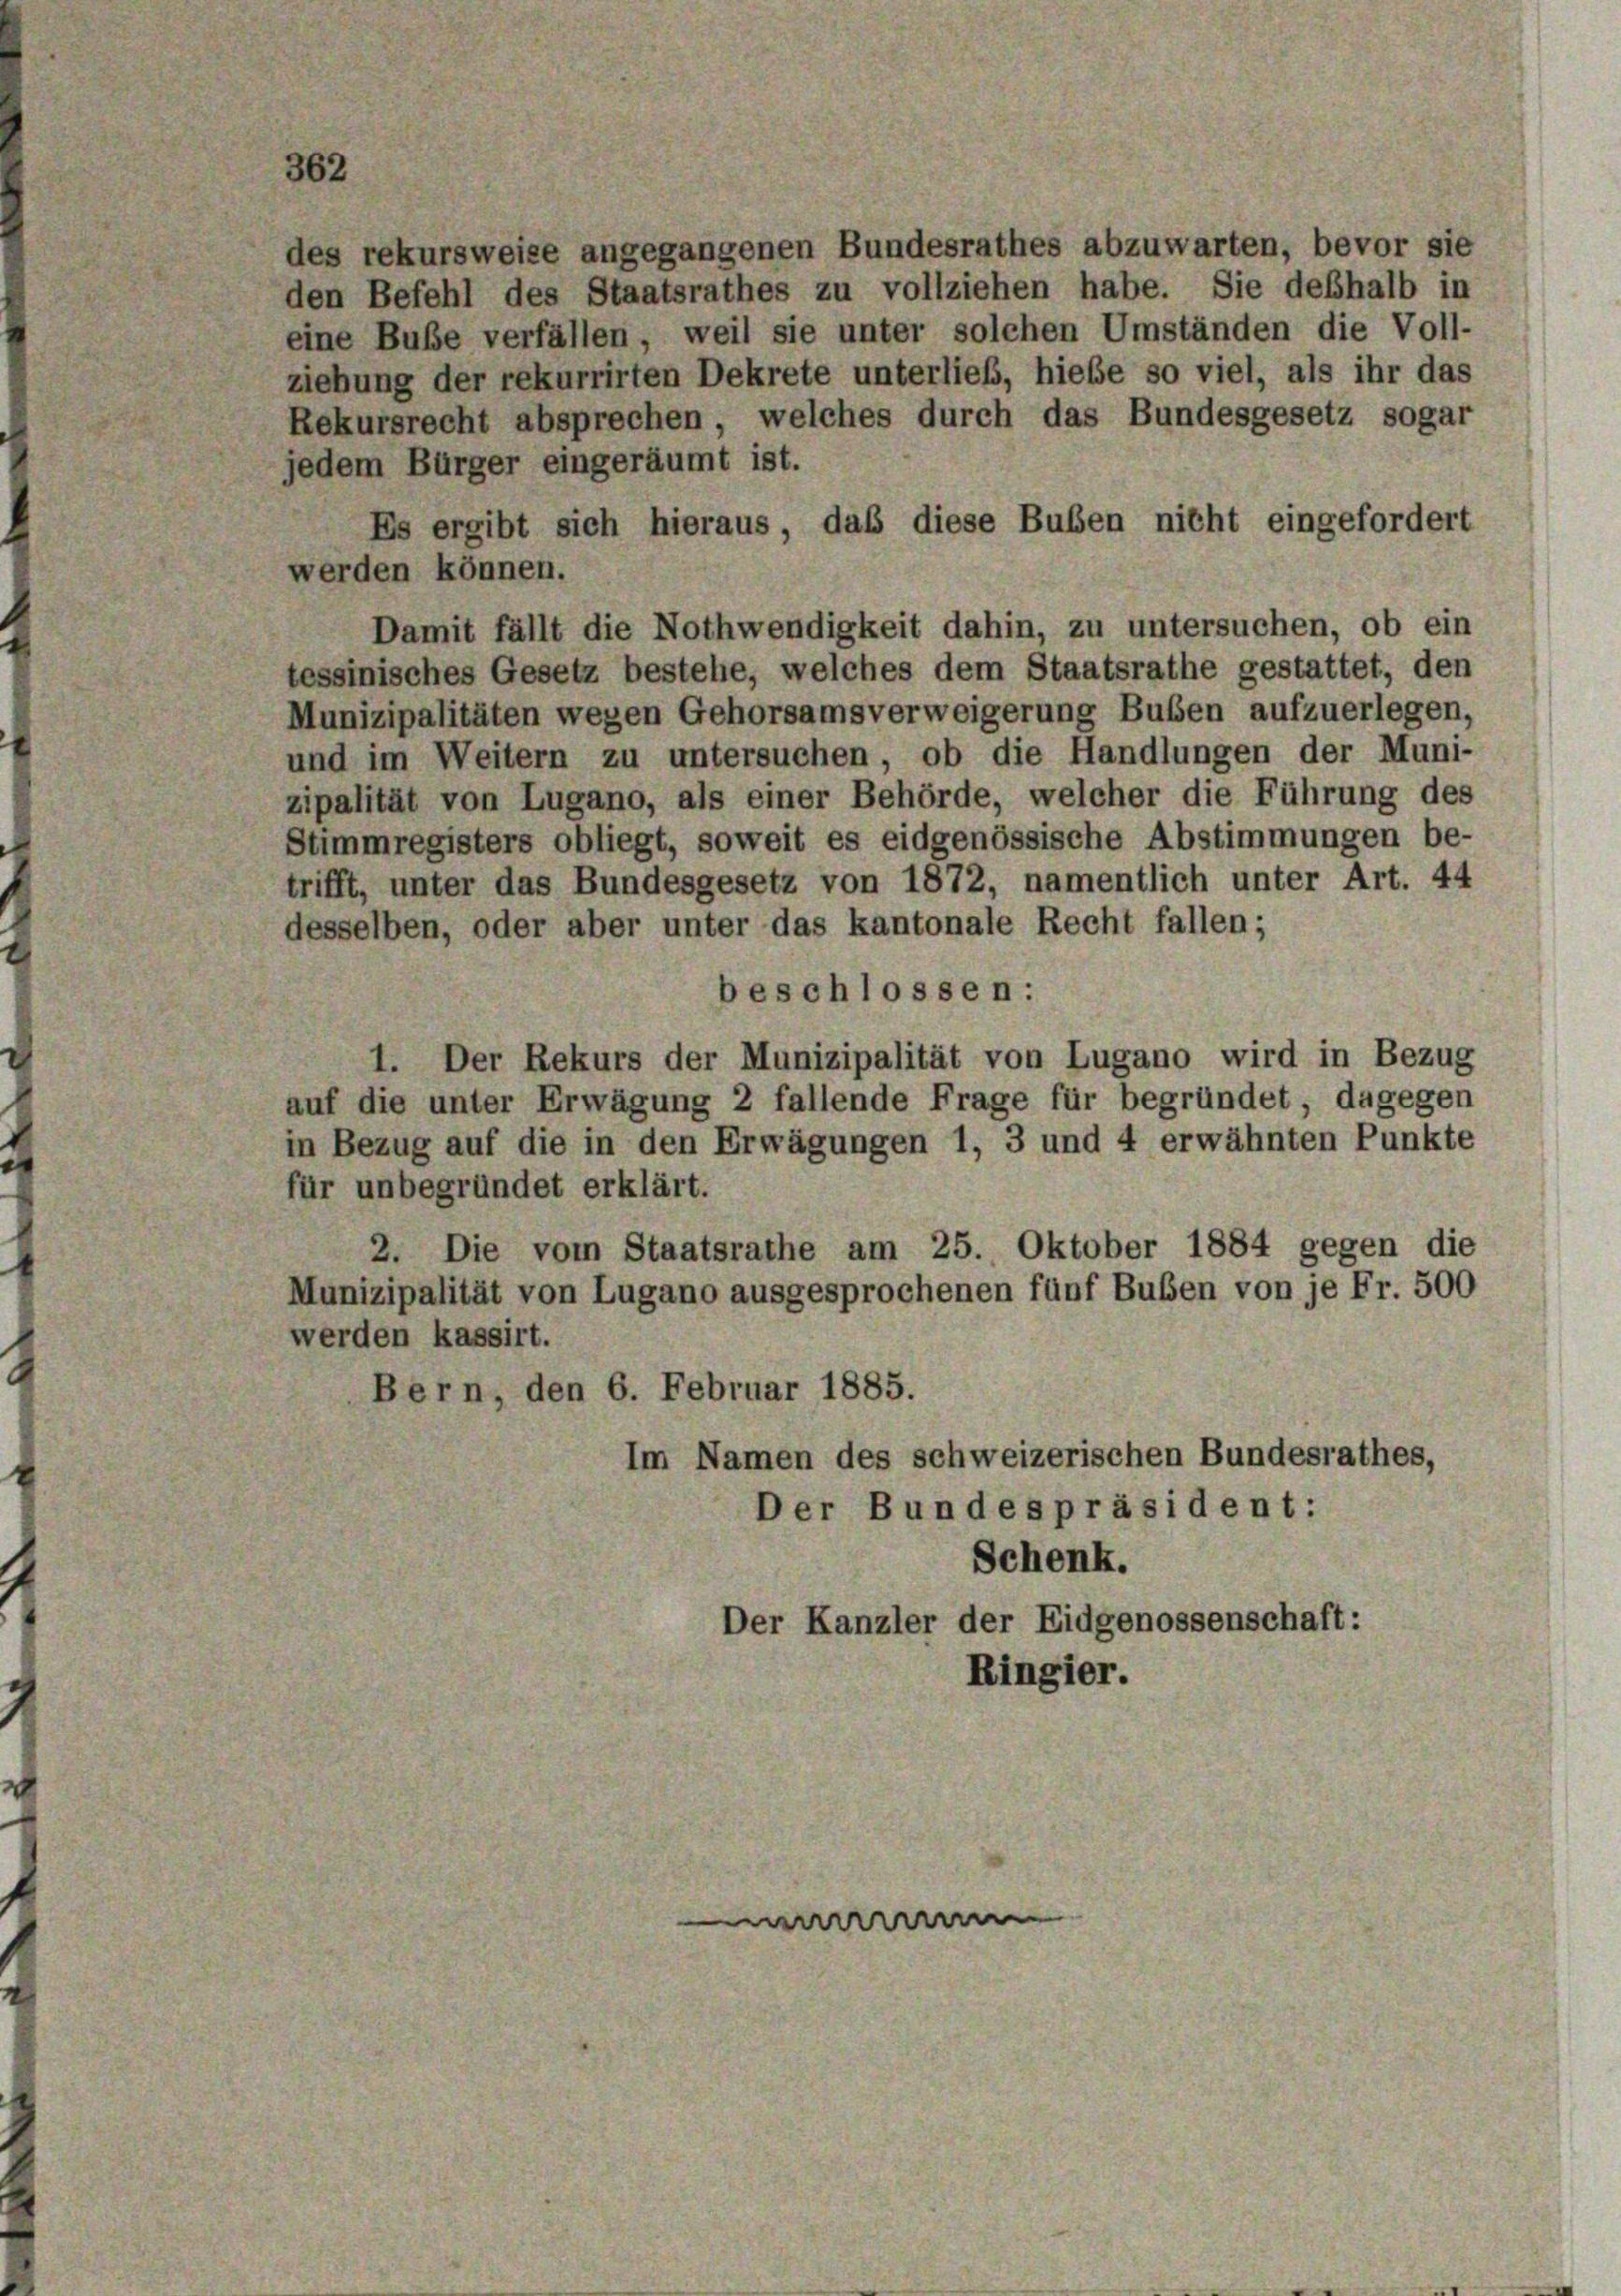
des rekursweise angegangenen Bundesrathes abzuwarten, bevor sie
den Befehl des Staatsrathes zu vollziehen habe. Sie deßhalb in
eine Buße verfällen, weil sie unter solchen Umständen die Voll-
ziehung der rekurrirten Dekrete unterlieb, hiebe so viel, als ihr das
Rekursrecht absprechen, welches durch das Bundesgesetz sogar
jedem Bürger eingeräumt ist.
Es ergibt sich hieraus, daß diese Buben nicht eingefordert
werden können.
Damit fällt die Nothwendigkeit dahin, zu untersuchen, ob ein
tessinisches Gesetz bestehe, welches dem Staatsrathe gestattet, den
Munizipalitäten wegen Gehorsamsverweigerung Buben aufzuerlegen,
und im Weitern zu untersuchen, ob die Handlungen der Muni-
zipalität von Lugano, als einer Behörde, welcher die Führung des
Stimmregisters obliegt, soweit es eidgenössische Abstimmungen be-
trifft, unter das Bundesgesetz von 1872, namentlich unter Art. 44
desselben, oder aber unter das kantonale Recht fallen;
beschlossen:
1. Der Rekurs der Munizipalität von Lugano wird in Bezug
auf die unter Erwägung 2 fallende Frage für begründet, dagegen
in Bezug auf die in den Erwägungen 1, 3 und 4 erwähnten Punkte
für unbegründet erklärt.
2. Die vom Staatsrathe am 25. Oktober 1884 gegen die
Munizipalität von Lugano ausgesprochenen fünf Buben von je Fr. 500
werden kassirt.
Bern, den 6. Februar 1885.
Im Namen des schweizerischen Bundesrathes,
Der Bundespräsident:
Schenk.
Der Kanzler der Eidgenossenschaft:
Ringier.

waaren